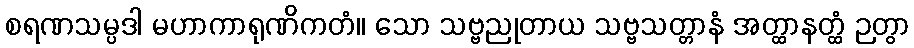
စရဏသမ္ပဒါ မဟာကာရုဏိကတံ။ သော သဗ္ဗညုတာယ သဗ္ဗသတ္တာနံ အတ္ထာနတ္ထံ ဉတွာ